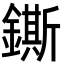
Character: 鐁